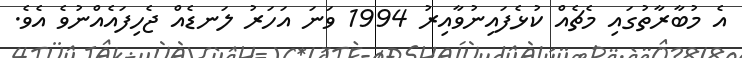
އެ މުބާރާތުގައި މެޗެއް ކުޅެފައިނުވާއިރު 1994 ވަނަ އަހަރު ލަނޑެއް ޖެހިފައެއްނުވެ އެވެ.